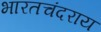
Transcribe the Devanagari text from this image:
भारतचंदराय